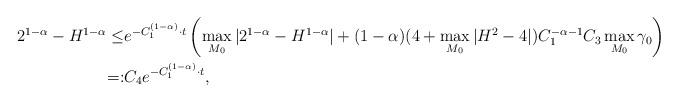
LaTeX: \begin{align*} 2^{1-\alpha}-H^{1-\alpha} \leq & e^{-C_1^{(1-\alpha)}\cdot t}\left(\max_{M_0}|2^{1-\alpha}-H^{1-\alpha}|+(1-\alpha)(4+\max_{M_0}|H^2-4|)C_1^{-\alpha-1}C_3\max_{M_0}\gamma_0\right)\\ =:&C_4e^{-C_1^{(1-\alpha)}\cdot t},\end{align*}